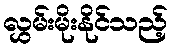
လွှမ်းမိုးနိုင်သည့်